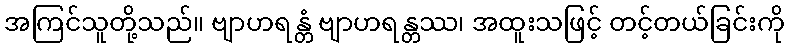
အကြင်သူတို့သည်။ ဗျာဟရန္တံ ဗျာဟရန္တဿ၊ အထူးသဖြင့် တင့်တယ်ခြင်းကို